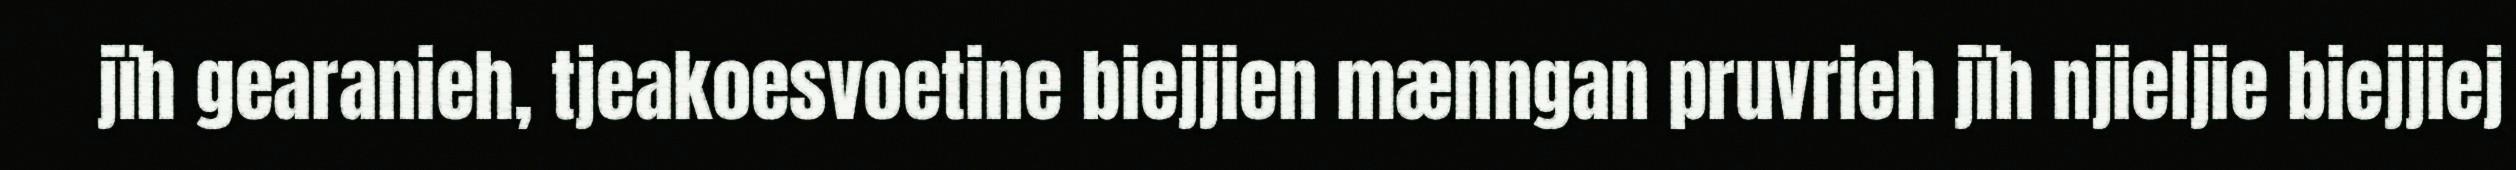
jïh gearanieh, tjeakoesvoetine biejjien mænngan pruvrieh jïh njieljie biejjiej